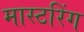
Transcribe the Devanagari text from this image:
मास्‍टरिंग